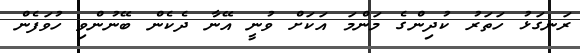
ރަނގަޅު ހަތަރު ކުދިންގެ މަންމަ އަކަށް ވުނީ އޭނާ ދެކެން ބޭނުންވި ހުވަފެން